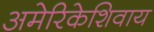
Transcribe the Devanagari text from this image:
अमेरिकेशिवाय